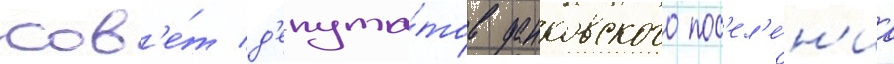
сов'е́т д'епута́тов данковского пос'ел'е́н'иа